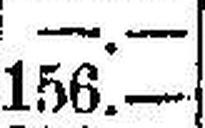
156.—